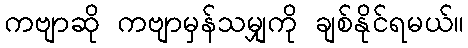
ကဗျာဆို ကဗျာမှန်သမျှကို ချစ်နိုင်ရမယ်။